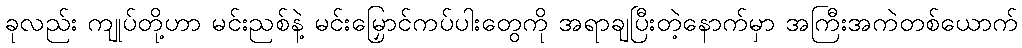
ခုလည်း ကျုပ်တို့ဟာ မင်းညစ်နဲ့ မင်းမြှောင်ကပ်ပါးတွေကို အရာချပြီးတဲ့နောက်မှာ အကြီးအကဲတစ်ယောက်